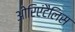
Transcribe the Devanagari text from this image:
ओरिएंटैलिस